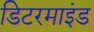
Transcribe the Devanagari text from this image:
डिटरमाइंड